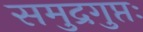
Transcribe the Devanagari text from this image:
समुद्रगुप्तः